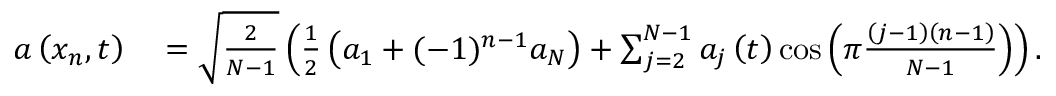
\begin{array} { r l } { a \left( x _ { n } , t \right) } & { { } = \sqrt { \frac { 2 } { N - 1 } } \left( \frac { 1 } { 2 } \left( a _ { 1 } + ( - 1 ) ^ { n - 1 } a _ { N } \right) + \sum _ { j = 2 } ^ { N - 1 } a _ { j } \left( t \right) \cos \left( \pi \frac { \left( j - 1 \right) \left( n - 1 \right) } { N - 1 } \right) \right) . } \end{array}